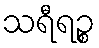
သရီရဉ္စ